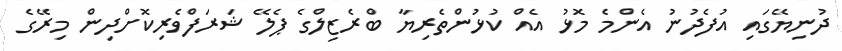
ދުނިޔޭގައި އުފެދުނު އެންމެ މޮޅު އެއް ކުޅުންތެރިޔާ ބްރެޒިލްގެ ޕެލޭ ޝަރަފްވެރިކޮށްދިން މިރޭގެ